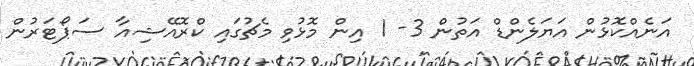
އަނެއްކޮޅުން އަޔަލެންޑް އަތުން 3- 1 އިން މޮޅުވި މެޗުގައި ކްރޮއޭޝިއާ ސަޕޯޓަރުން